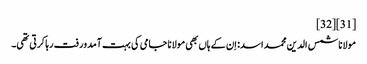
[31][32]
مولانا شمس الدین محمد اسد: اِن کے ہاں بھی مولانا جامی کی بہت آمدورفت رہا کرتی تھی۔